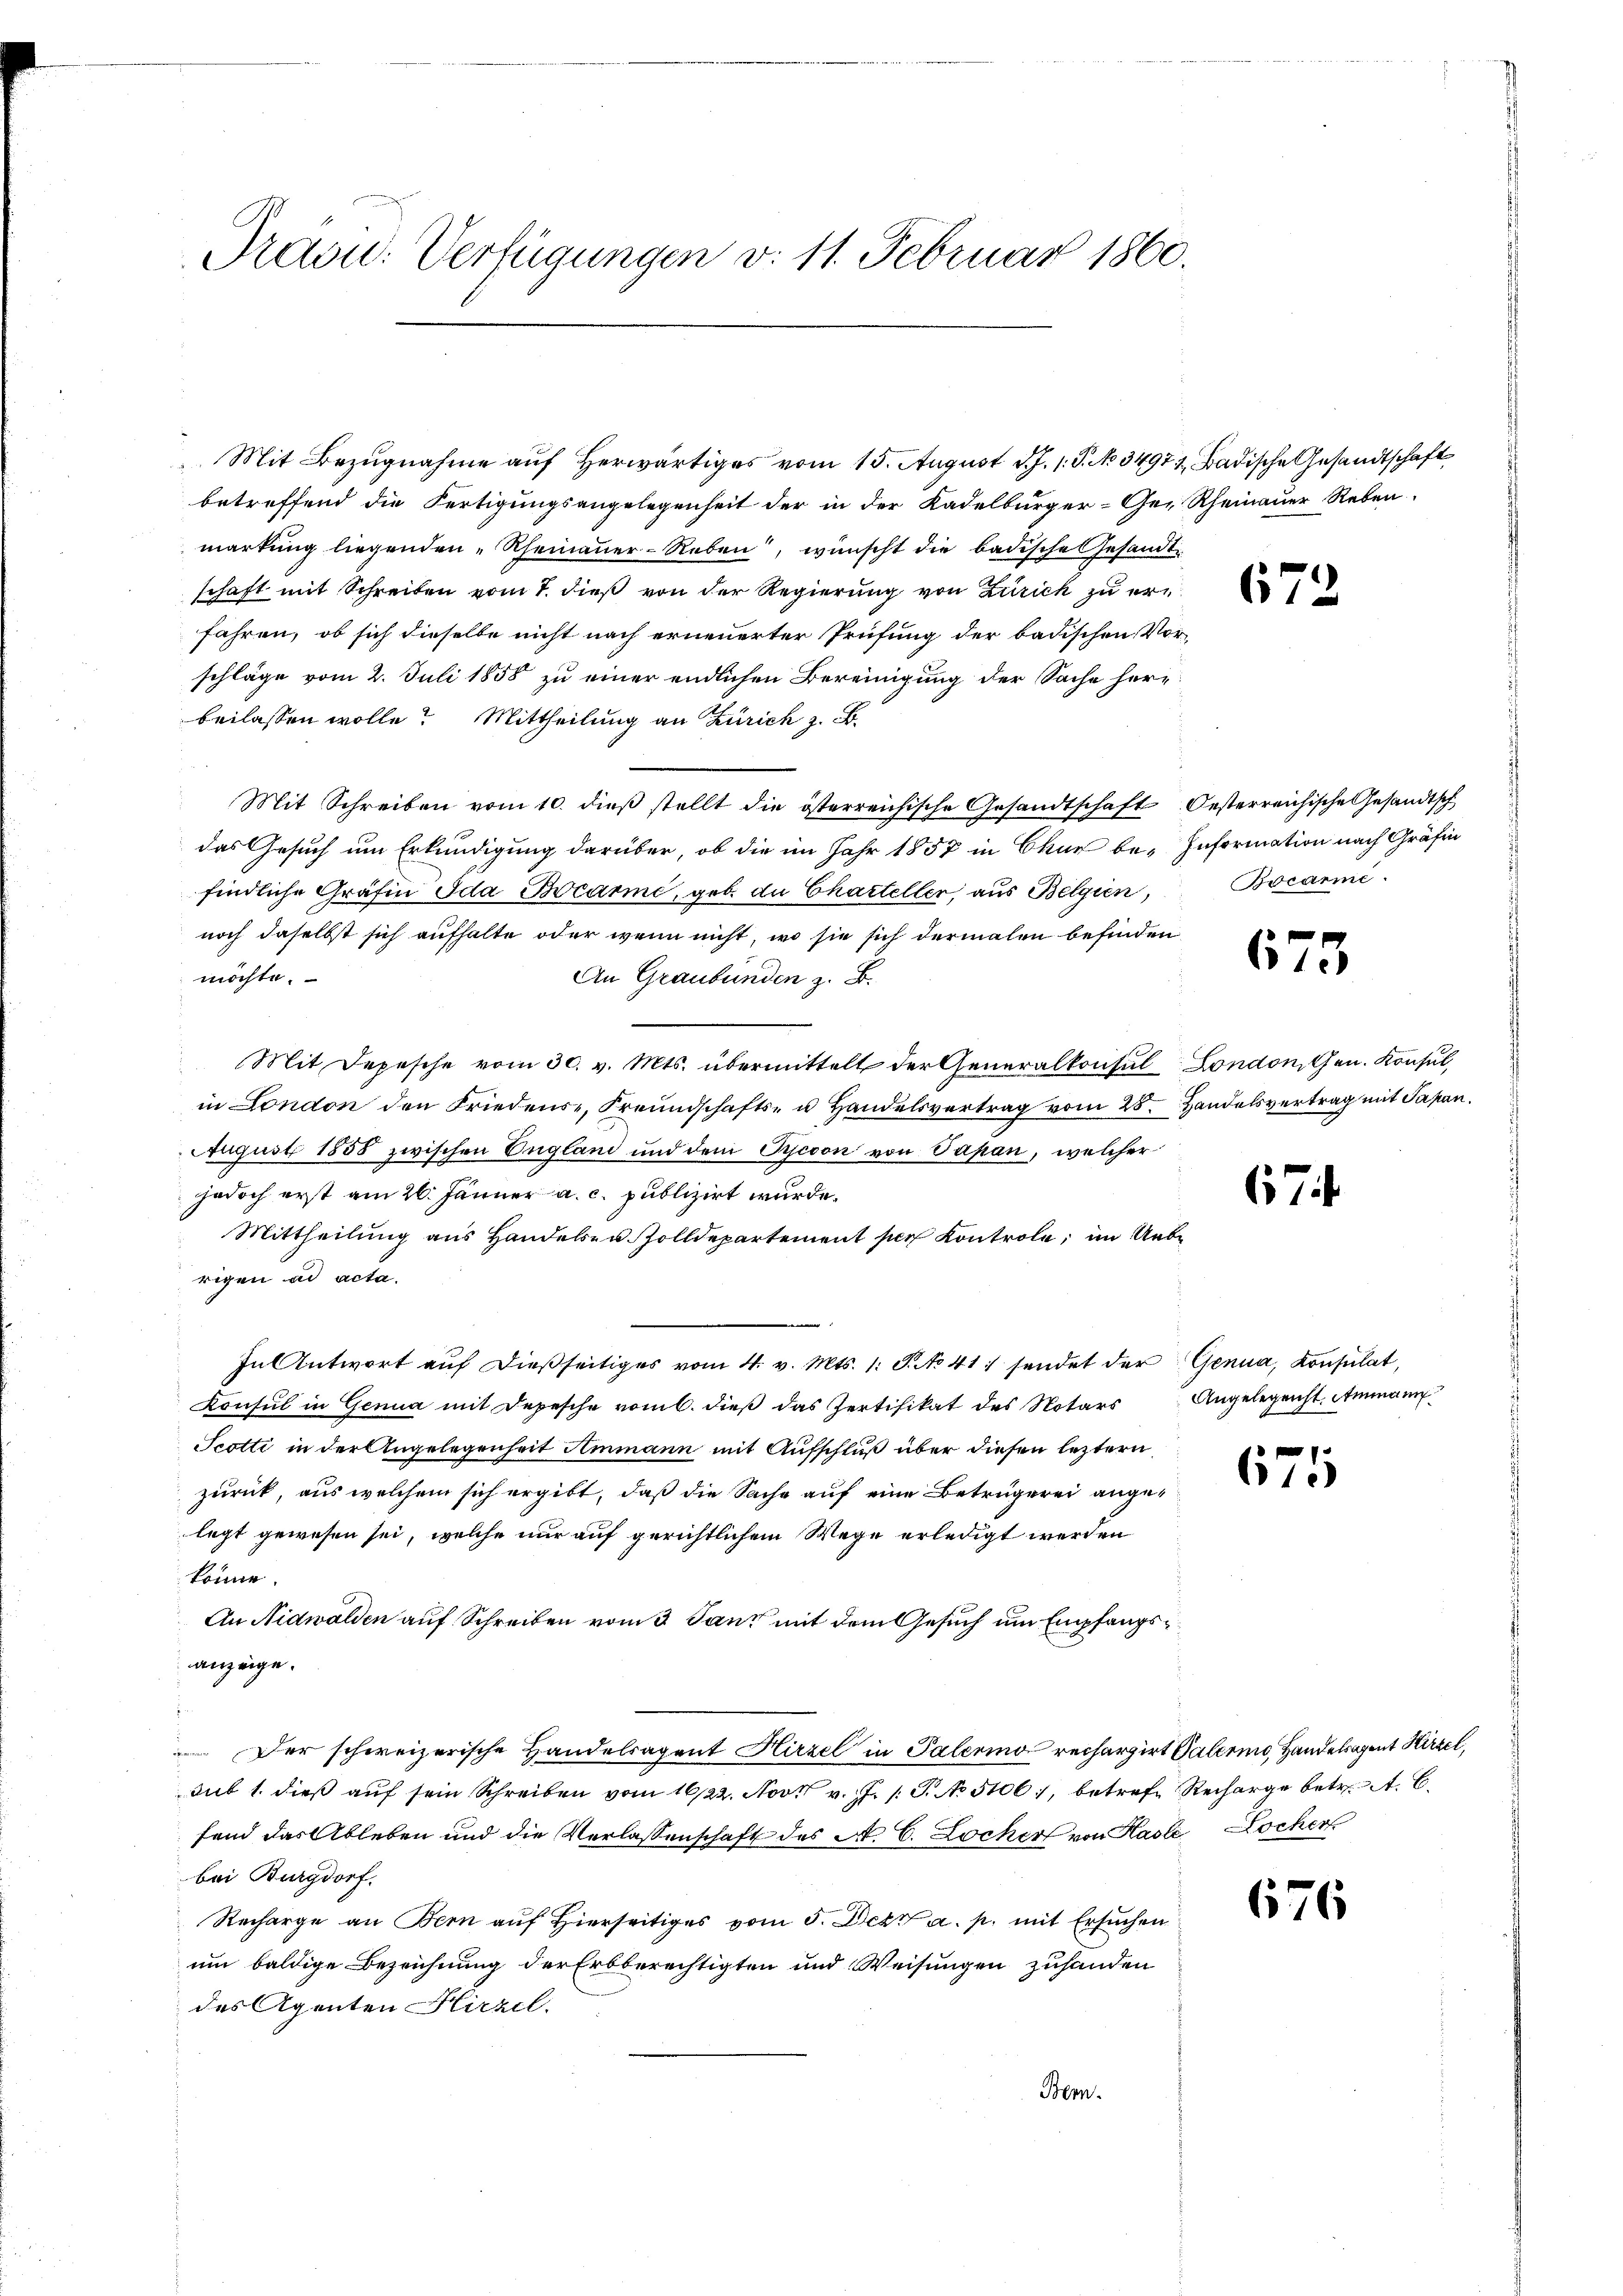
Pravu: Verfügungen v. 11. Februar 1860.

Mit Bezugnahme auf herwärtiges vom 15. August d. J. 1. P. No. 3497, Badische Gesandtschaft
betreffend die Fertigungsangelegenheit der in der Kadelbürger-Ge-Rheinauer Reben,
markung liegenden „Rheinauer-Reben, wünscht die badische Gesandtschaft mit Schreiben vom 7. dieß von der Regierung von Zürich zu erfahren, ob sich dieselbe nicht nach erneuerter Prüfung der badischen Vorschläge vom 2. Juli 1858 zu einer endlichen Bereinigung der Sache heru
beilassen wolle? Mittheilung an Zürich z. B.
Mit Schreiben vom 10. dieß stellt die österreichische Gesandtschaft Oesterreichische Gesandtsch
das Gesuch um Erkundigung darüber, ob die im Jahr 1857 in Chur be- Information nach Gräfin
findliche Gräfin Ida Bocarme, geb. an Charteller, aus Belgien,
noch daselbst sich aufhalte oder wenn nicht, wo sie sich dermalen befinden
möchte.
An Graubünden z. B.
Mit Depesche vom 30. v. Mts. übermittelt der Generalkonsul London hrn. Konsul,
in London den Friedense, Freundschafts- u Handelsvertrag vom 28. Handelsvertrag mit Papan
August 1858 zwischen England und dem Tycoon von Vapan, welcher
jedoch erst am 26. Jänner a. c. publizirt wurde.
Mittheilung aus Handelsen Zolldepartement per Kontrole, im Uebe
rigen ad acta.
In Antwort aŭf dießseitiges vom 4. v. Mts. 1. P. No 41. sendet der Genua, Konsulat,
Konsul in Genua mit Depesche vom 6. dieß das Zertifikat des Notars Angelegenht. Ammann
Scotti in der Angelegenheit Ammann mit Aufschluß über diesen leztern
zurück, aus welchem sich ergibt, daß die Sache auf eine Betrügerei angelegt gewesen sei, welche nur auf gerichtlichem Wege erledigt werden
könne.
An Nidwalden auf Schreiben vom 3. Tanz mit dem Gesuch um Empfangsanzeige.
Der schweizerische Handelsagent Hirzel in Palerino rechargirt Galermo, Handelsagent Hirzel,
aub 1. dieβ aŭf sein Schreiben vom 16/22. Nov. v. J. G. No 51061, betrefe Recharge betr. t. E
fand das Ableben und die Verlassenschaft des A. C. Locher von Kaste Hocher
bei Burgdorf.
Recharge an Bern auf Hierseitiges vom 5. Dekt a. p. mit Ersuchen
um baldige Bezeichnung der Erbberechtigten und Weisungen zuhanden
des Agenten Hirzel.
Bern.

672

Bocarii.

673

674

671

676